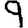
Digit: 9